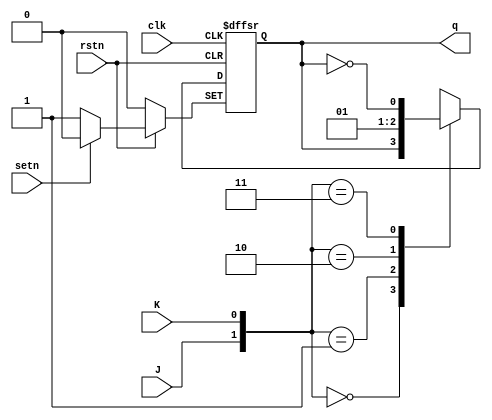
//  0  1  JK 
module JK_FF(clk,J,K,q,rstn,setn);
input clk,J,K,setn,rstn;
output q;
reg q;

always @(posedge clk or negedge setn or negedge rstn) begin
    //  0
    if (!rstn) begin
        q <= 1'b0;
    end
    //  1
    else if (!setn) begin
        q <= 1;
    end
    // 
    else case ({J,K})
        2'b00: q <= q;
        2'b01: q <= 1'b0;
        2'b10: q <= 1'b1;
        2'b11: q <= ~q;
        default: q <= 1'bx; // J,K01
    endcase
end

endmodule